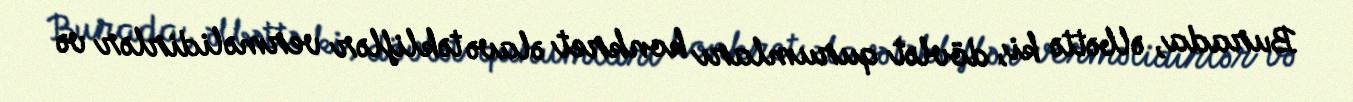
Burada, əlbəttə ki, dövlət qurumları konkret əlavə təkliflər verməlidirlər və